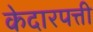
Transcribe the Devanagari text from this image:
केदारपत्ती